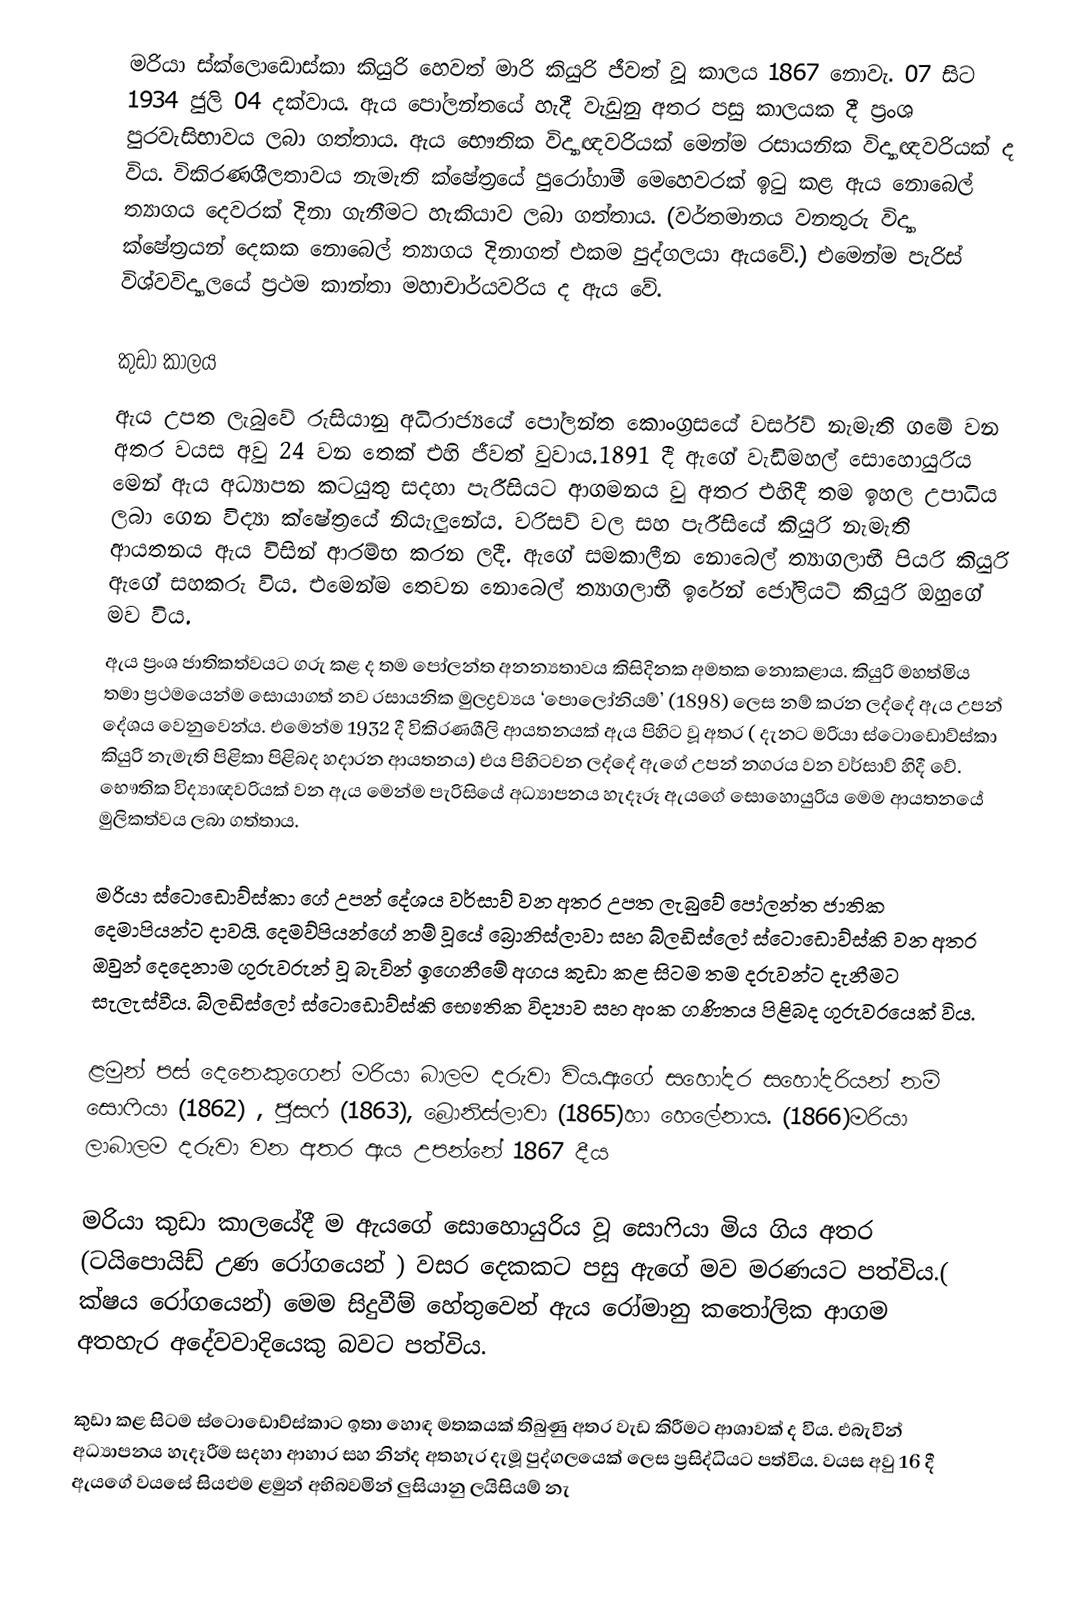
මරියා ස්ක්ලොඩොස්කා කියුරි හෙවත් මාරි කියුරි  ජීවත් වූ කාලය  1867 නොවැ. 07 සිට 1934 ජුලි 04 දක්වාය. ඇය පෝලන්තයේ හැදී වැඩුනු අතර පසු කාලයක දී ප්‍රංශ පුරවැසිභාවය ලබා ගත්තාය. ඇය භෞතික විද්‍යාඥවරියක් මෙන්ම රසායනික විද්‍යාඥවරියක් ද විය. විකිරණශීලතාවය නැමැති ක්ෂේත්‍රයේ පුරෝගාමී මෙහෙවරක් ඉටු කළ ඇය නොබෙල් ත්‍යාගය දෙවරක් දිනා ගැනීමට හැකියාව ලබා ගත්තාය. (වර්තමානය වනතුරු  විද්‍යා ක්ෂේත්‍රයන් දෙකක නොබෙල් ත්‍යාගය  දිනාගත් එකම පුද්ගලයා ඇයවේ.)  එමෙන්ම පැරිස් විශ්වවිද්‍යාලයේ ප්‍රථම කාන්තා මහාචාර්යවරිය ද ඇය වේ.

කුඩා කාලය
ඇය උපත ලැබුවේ රුසියානු අධිරාජ්‍යයේ පෝලන්ත කොංග්‍රසයේ වර්සව් නැමැති ගමේ වන අතර වයස අවු 24 වන තෙක් එහි ජීවත් වුවාය.1891 දී  ඇගේ වැඩිමහල් සොහොයුරිය මෙන් ඇය අධ්‍යාපන කටයුතු සදහා පැරීසියට ආගමනය වු අතර එහිදී තම ඉහල උපාධිය ලබා ගෙන විද්‍යා ක්ෂේත්‍රයේ නියැලුනේය. වරිසව් වල සහ පැරීසියේ කියුරි නැමැති ආයතනය ඇය විසින් ආරම්භ කරන ලදී. ඇගේ සමකාලීන නොබෙල් ත්‍යාගලාභී පියරි කියුරි ඇගේ  සහකරු විය. එමෙන්ම  තෙවන නොබෙල් ත්‍යාගලාභී  ඉරේන් ජෝලියට් කියුරි ඔහුගේ මව විය.
ඇය ප්‍රංශ ජාතිකත්වයට ගරු කළ ද තම පෝලන්ත අනන්‍යතාවය කිසිදිනක අමතක නොකළාය.  කියුරි මහත්මිය  තමා ප්‍රථමයෙන්ම සොයාගත් නව රසායනික මුලද්‍රව්‍යය ‘පොලෝනියම්’ (1898) ලෙස නම් කරන ලද්දේ  ඇය උපන් දේශය වෙනුවෙන්ය. එමෙන්ම 1932 දී  විකිරණශීලි ආයතනයක් ඇය පිහිට වූ අතර ( දැනට මරියා ස්ටොඩොව්ස්කා කියුරි නැමැති පිළිකා පිළිබද හදාරන ආයතනය) එය පිහිටවන ලද්දේ ඇගේ උපන් නගරය වන වර්සාව් හිදී වේ.  භෞතික විද්‍යාඥවරියක් වන ඇය මෙන්ම පැරිසියේ අධ්‍යාපනය හැදෑරූ  ඇයගේ සොහොයුරිය  මෙම ආයතනයේ මුලිකත්වය ලබා ගත්තාය.

මරියා ස්ටොඩොව්ස්කා ගේ උපන් දේශය වර්සාව් වන අතර උපත ලැබුවේ පෝලන්ත ජාතික දෙමාපියන්ට දාවයි. දෙමව්පියන්ගේ නම් වූයේ බ්‍රොනිස්ලාවා සහ බ්ලඩිස්ලෝ ස්ටොඩොව්ස්කි වන අතර ඔවුන් දෙදෙනාම ගුරුවරුන් වූ බැවින් ඉගෙනීමේ අගය කුඩා කළ සිටම  තම දරුවන්ට  දැනීමට සැලැස්වීය. බ්ලඩිස්ලෝ ස්ටොඩොව්ස්කි  භෞතික විද්‍යාව සහ අංක ගණිතය පිළිබද ගුරුවරයෙක් විය.

ළමුන් පස් දෙනෙකුගෙන් මරියා බාලම දරුවා  විය.ඇගේ සහෝදර සහෝදරියන් නම් සොෆියා (1862) , ජුසෆ් (1863), බ්‍රොනිස්ලාවා (1865)හා හෙලේනාය. (1866)මරියා ලාබාලම දරුවා වන අතර ඇය උපන්නේ 1867 දීය

මරියා කුඩා කාලයේදී ම ඇයගේ සොහොයුරිය වූ සොෆියා මිය ගිය අතර (ටයිපොයිඩ්  උණ රෝගයෙන් ) වසර දෙකකට පසු  ඇගේ මව මරණයට පත්විය.( ක්ෂය රෝගයෙන්) මෙම සිදුවීම්  හේතුවෙන්  ඇය රෝමානු කතෝලික ආගම අතහැර  අදේවවාදියෙකු බවට පත්විය.

කුඩා කළ සිටම ස්ටොඩොව්ස්කාට ඉතා හොඳ මතකයක් තිබුණු අතර වැඩ කිරීමට ආශාවක් ද විය. එබැවින්  අධ්‍යාපනය හැදෑරීම සදහා ආහාර සහ නින්ද  අතහැර දැමූ පුද්ගලයෙක් ලෙස ප්‍රසිද්ධියට පත්විය. වයස අවු 16 දී  ඇයගේ වයසේ සියළුම ළමුන් අභිබවමින් ලුසියානු ලයිසියම් නැ